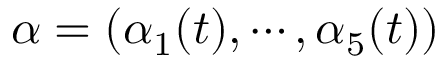
\alpha = ( \alpha _ { 1 } ( t ) , \cdots , \alpha _ { 5 } ( t ) )